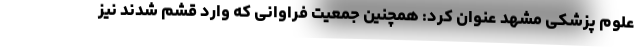
علوم پزشکی مشهد عنوان کرد: همچنین جمعیت فراوانی که وارد قشم شدند نیز